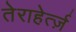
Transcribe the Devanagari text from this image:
तेराहेर्त्ज़